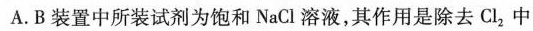
A.B装置中所装试剂为饱和NaCl溶液，其作用是除去Cl_{2}中